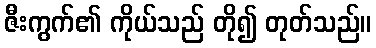
ဇီးကွက်၏ ကိုယ်သည် တို၍ တုတ်သည်။